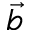
\vec { b }